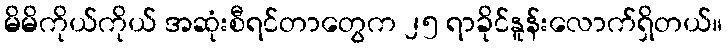
မိမိကိုယ်ကိုယ် အဆုံးစီရင်တာတွေက ၂၅ ရာခိုင်နူန်းလောက်ရှိတယ်။